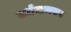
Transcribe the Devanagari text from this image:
वर्धमानक।